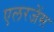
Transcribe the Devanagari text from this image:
एलरजेंस